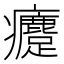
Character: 𤼗